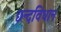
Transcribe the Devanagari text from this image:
छन्दविधान